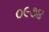
૦૯૭૪